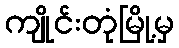
ကျိုင်းတုံမြို့မှ